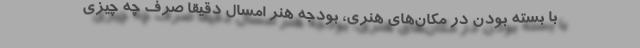
با بسته بودن درِ مکان‌های هنری، بودجه هنر امسال دقیقا صرف چه چیزی